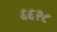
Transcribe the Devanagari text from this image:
६६२८